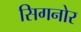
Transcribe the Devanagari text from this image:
सिगनोर